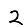
Digit: 2